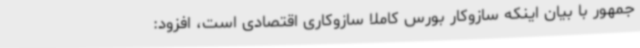
جمهور با بیان اینکه سازوکار بورس کاملاً سازوکاری اقتصادی است، افزود: